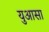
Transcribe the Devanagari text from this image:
युआसा